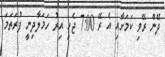
ދޭން ރޭވި ކަމަށާއި އެ ރޭ 7:00 ޖެހި އިރު ހަމަލާދިނީ ފުރަތަމަ